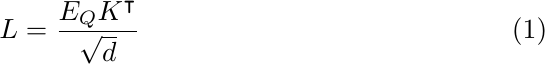
\begin{equation}
    L =  \frac{E_{Q}K^{\intercal}}{\sqrt{d}}
\label{eq:sim_forward}
\end{equation}